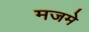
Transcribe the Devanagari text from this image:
मजमे